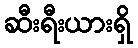
ဆီးရီးယားရှိ